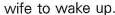
wife to wake up.